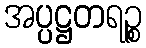
အပ္ပဋ္ဌတရဉ္စ